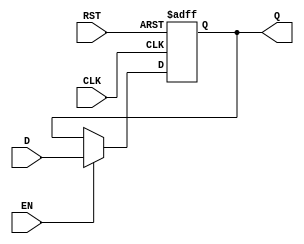
module IntermediateRegister #(
    parameter WIDTH = 8  // Parameterized width of the register
) (
    input wire [WIDTH-1:0] D,   // Data input
    input wire CLK,              // Clock input
    input wire RST,              // Asynchronous reset
    input wire EN,               // Enable signal (optional)
    output reg [WIDTH-1:0] Q     // Data output
);

    // Always block for sequential logic
    always @(posedge CLK or posedge RST) begin
        if (RST) begin
            Q <= {WIDTH{1'b0}};    // Reset output to zero
        end else if (EN) begin
            Q <= D;                // Capture input data on clock edge if enabled
        end
        // If EN is not asserted, Q retains its previous value
    end

endmodule